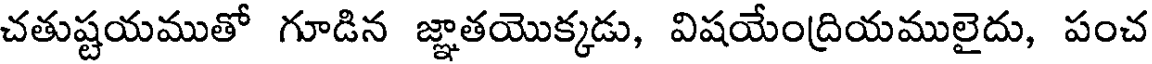
చతుష్టయముతో గూడిన జ్ఞాతయొక్కడు, విషయేంద్రియములైదు, పంచ